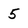
Character: 5